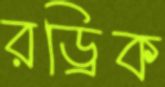
রড্রিক